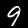
Digit: 9